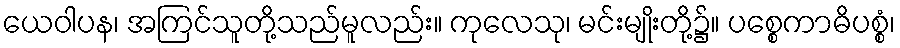
ယေဝါပန၊ အကြင်သူတို့သည်မူလည်း။ ကုလေသု၊ မင်းမျိုးတို့၌။ ပစ္စေကာဓိပစ္စံ၊